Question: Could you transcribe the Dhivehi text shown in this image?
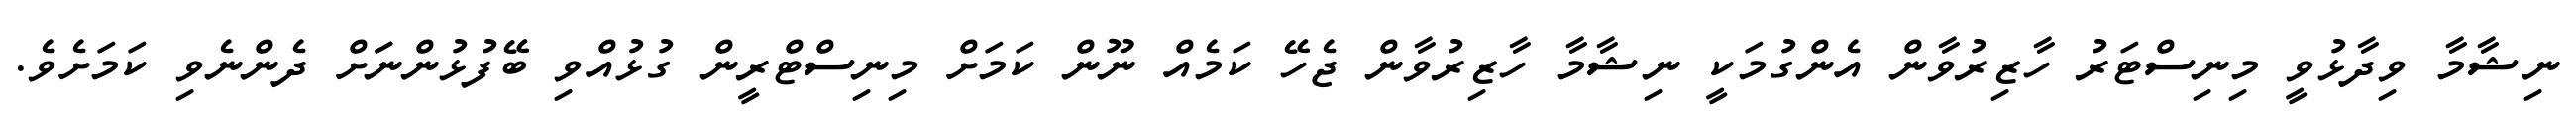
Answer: ނިޝާމާ ވިދާޅުވީ މިނިސްޓަރު ހާޒިރުވާން އެންގުމަކީ ނިޝާމާ ހާޒިރުވާން ޖެހޭ ކަމެއް ނޫން ކަމަށް މިނިސްޓްރީން ގުޅުއްވި ބޭފުޅުންނަަށް ދެންނެވި ކަމަށެވެ.